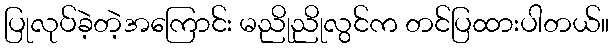
ပြုလုပ်ခဲ့တဲ့အကြောင်း မညိုညိုလွင်က တင်ပြထားပါတယ်။